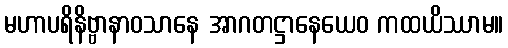
မဟာပရိနိဗ္ဗာနာဝသာနေ အာဂတဋ္ဌာနေယေဝ ကထယိဿာမ။